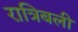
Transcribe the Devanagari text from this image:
रात्रिबली